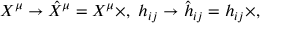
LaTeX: { } X ^ { \mu } \rightarrow \hat { X } ^ { \mu } = X ^ { \mu } \times , \ h _ { i j } \rightarrow \hat { h } _ { i j } = h _ { i j } \times ,